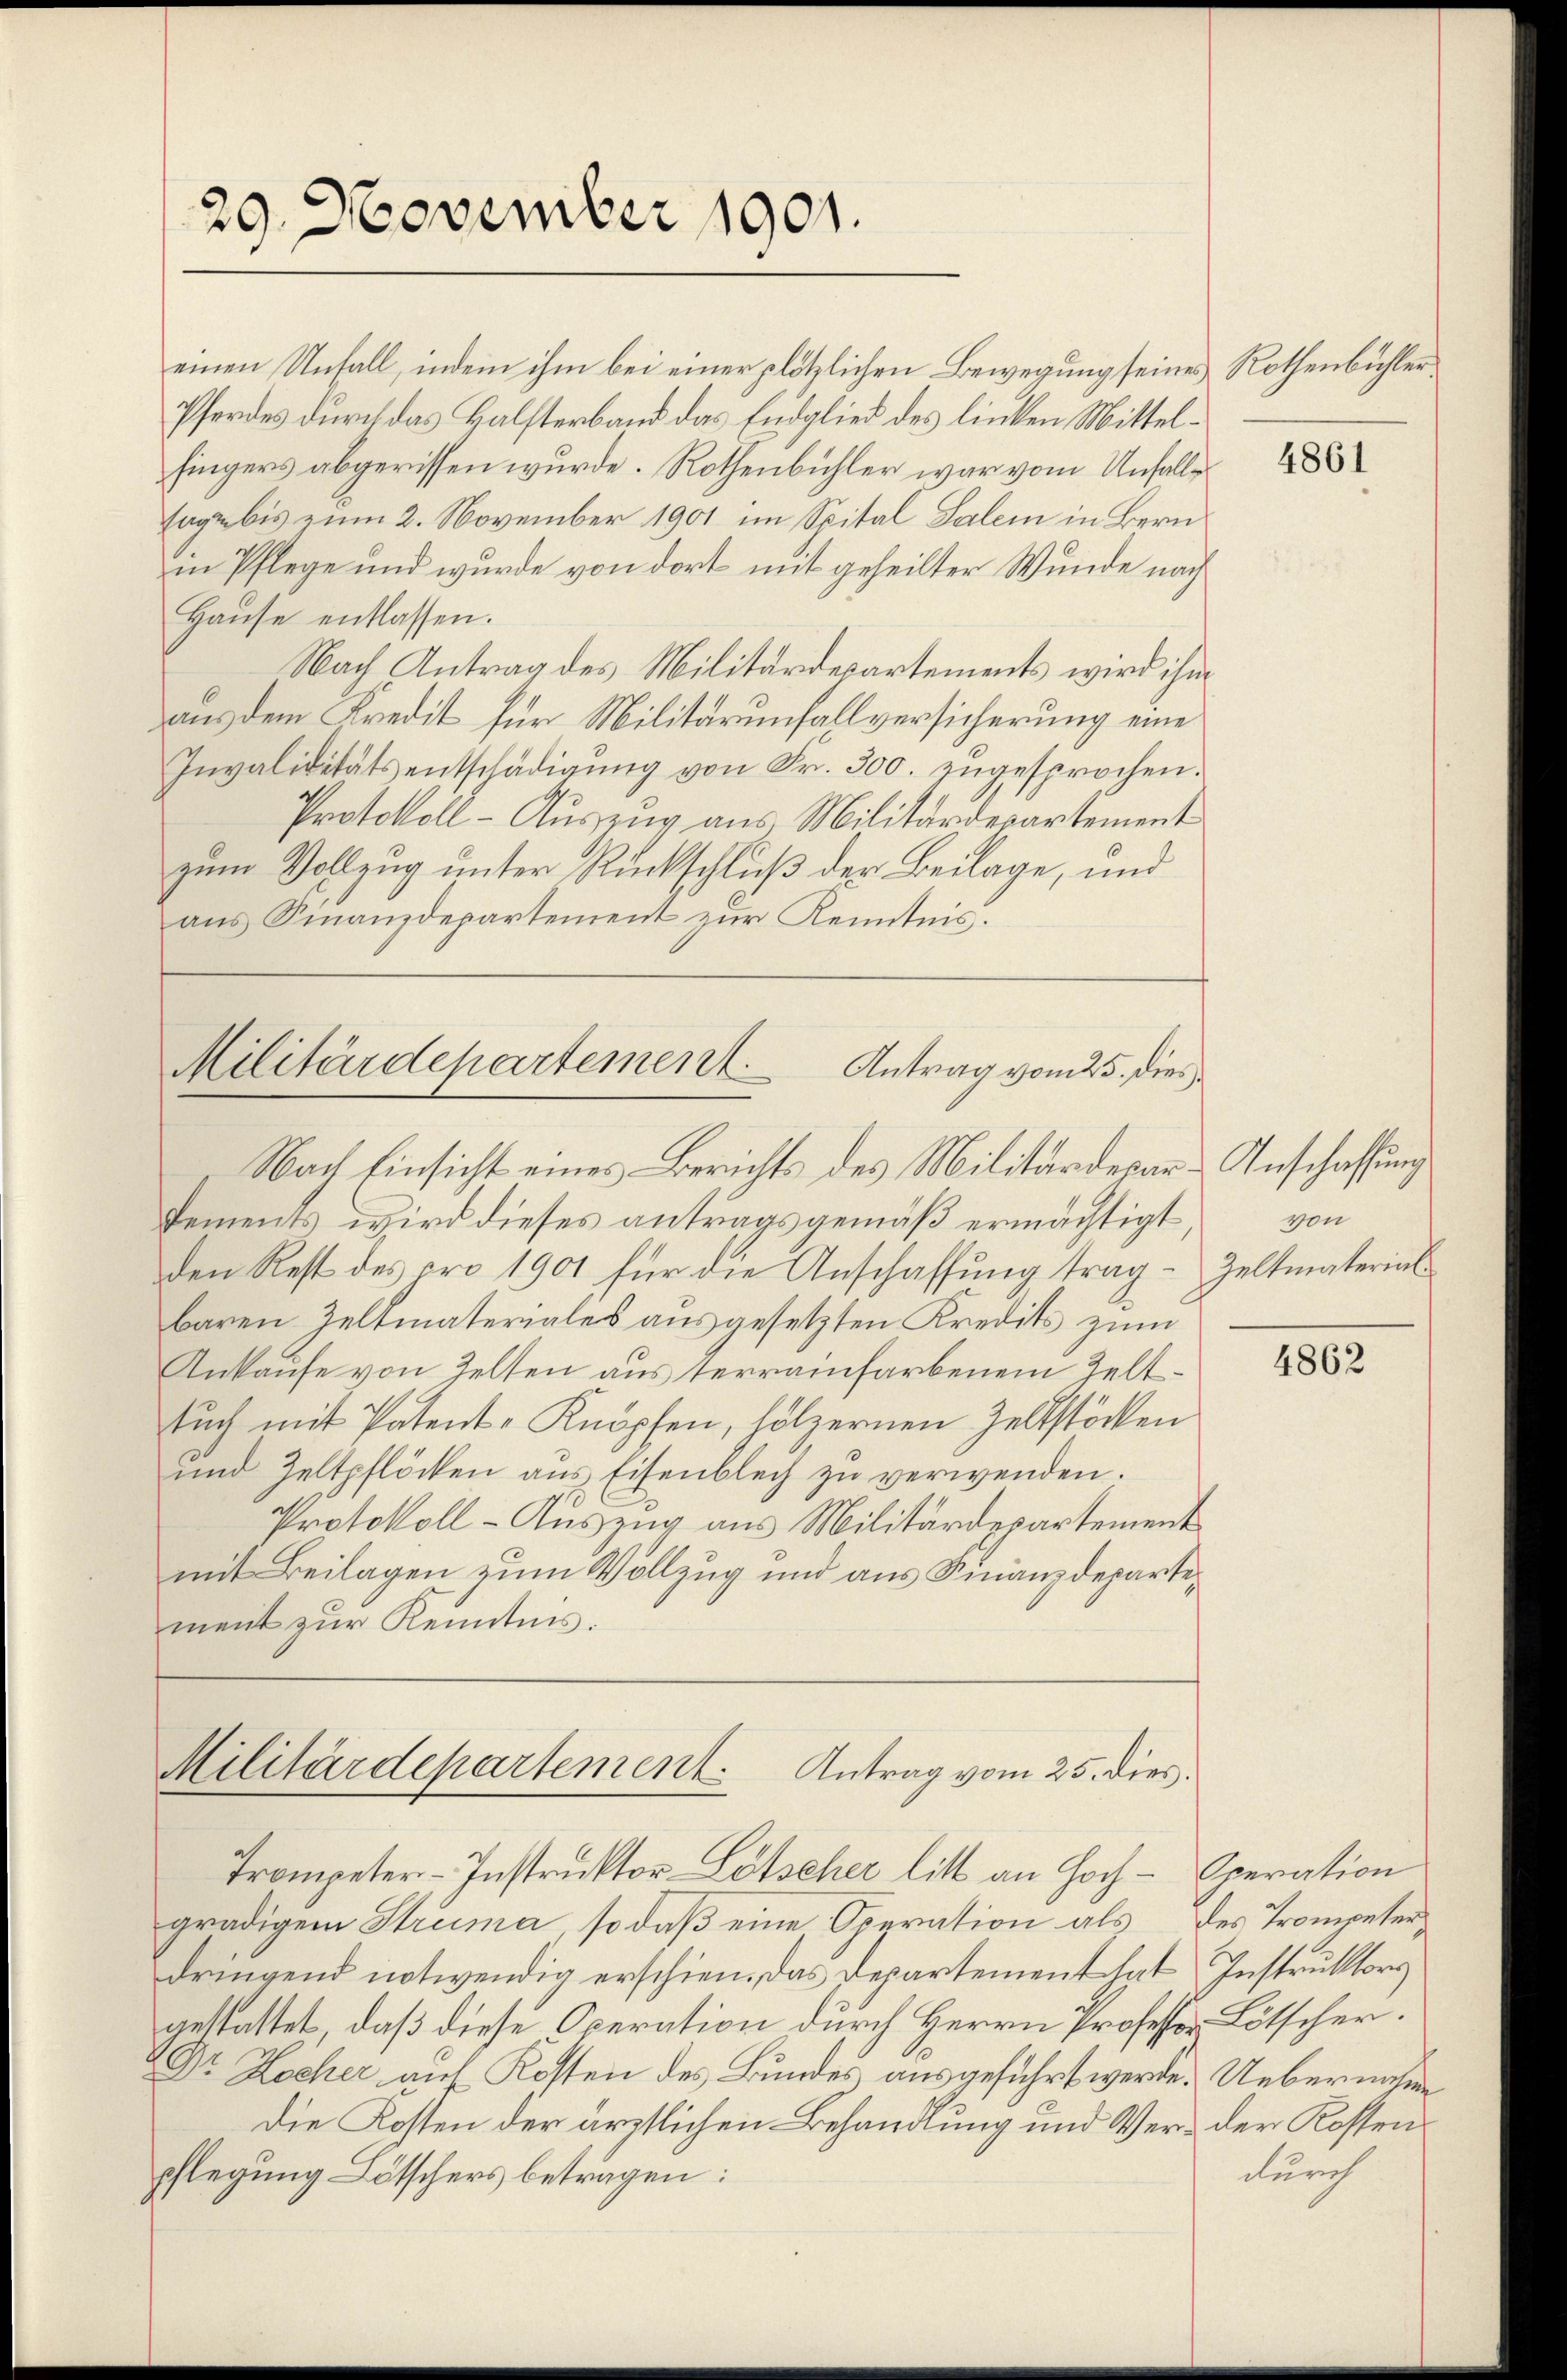
29. November 1901.

einen Unfall, indem ihm bei einer plötzlichen Bewegung seines Rothenbühler
Pferdes durch das Halfterband das Endglied des linken Mittelfingers abgerissen wurde. Rothenbühler war vom Unfalle
sage bis zum 2. November 1901 im Spital Salem in Bern
in Pflege und wurde von dort mit geheilter Wunde nach
Hause entlassen.
Nach Antrag des Militärdepartements wird ihm
aus dem Kredit für Militärumfallversicherung eine
Invaliditätsentschädigŭng von Fr. 300. zugesprochen.
Protokoll-Auszzug aus Militärdepartement
zum Vollzug unter Rückschluß der Beilage, und
ans Finanzdepartement zŭr Kenntnis.

Militärdepartement. Antrag vom 25. dies
Nach Einsicht eines Berichts des Militärdepar¬

Militärdepartement. Antrag vom 25. dies
Trompeter-Instruktor Lötscher litt an Hoch- Operation

4861

Dements wird dieses antragsgemäß ermächtigt,
den Rest des pro 1901 für die Anschaffung trag- Zeltmaterial
baren Zeltmateriales ausgesetzten Kredits zum
Ankaufe von Zelten aus terrainfarbenem Zeltsŭch mit Patent-Knöpfen, hölzernen Zeltstöcken
und Zeltpflöcken aŭs Eisenblech zŭ verwenden.
Protokoll-Auszug aus Militärdepartement
mit Beilagen zum Vollzug und aus Finanzdepartement zur Kenntnis.

gradigem Struma, so daß eine Operation als des Trompeter
dringend notwendig erschien. Das Departement hat Instruktors
gestattet, daß diese Operation durch Herrn Professor Lötscher.
Dr Locher auf Kosten des Bundes ausgeführt werde. Uebernahme
Die Kosten der ärztlichen Behandlung und Ver- der Rossenpflegung Lötschers betragen:

Anschaffung
von

4862

durch